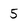
Character: 5